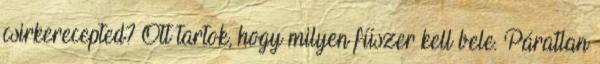
csirkerecepted? Ott tartok, hogy milyen fűszer kell bele. Páratlan